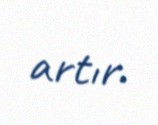
artır.